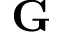
\mathbf { G }